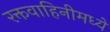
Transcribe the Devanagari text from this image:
रक्तवाहिनीमध्ये